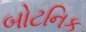
બોટનિક